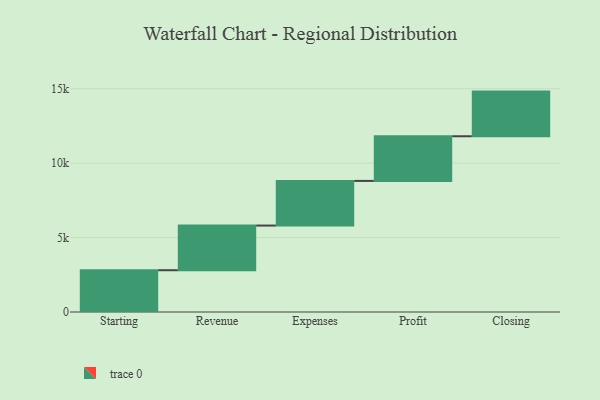
{"axis": {"x": "Step", "y": "Value"}, "legend": [""], "data": [{"x": "Starting", "y": 2807.0, "type": ""}, {"x": "Revenue", "y": 3000, "type": ""}, {"x": "Expenses", "y": 3000, "type": ""}, {"x": "Profit", "y": 3000, "type": ""}, {"x": "Closing", "y": 3000, "type": ""}]}